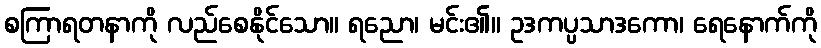
စကြာရတနာကို လည်စေနိုင်သော။ ရညော၊ မင်း၏။ ဥဒကပ္ပသာဒကော၊ ရေနောက်ကို